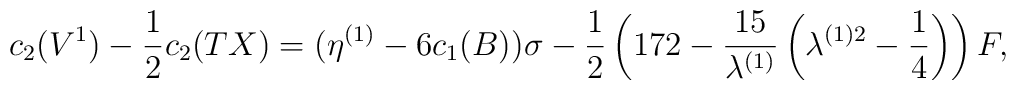
c_{2}(V^{1})-\frac{1}{2}c_{2}(TX)=(\eta^{(1)}-6c_{1}(B))\sigma-\frac{1}{2}\left(172-\frac{15}{\lambda^{(1)}}\left(\lambda^{(1)2}-\frac{1}{4}\right)\right)F,